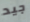
جيد